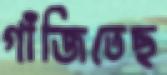
গাঁজিতেছ